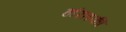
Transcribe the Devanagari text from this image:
हरितकी